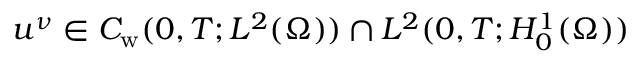
u ^ { \nu } \in C _ { \mathrm w } ( 0 , T ; L ^ { 2 } ( \Omega ) ) \cap L ^ { 2 } ( 0 , T ; H _ { 0 } ^ { 1 } ( \Omega ) )